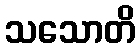
သသောတိ